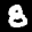
Label: 8